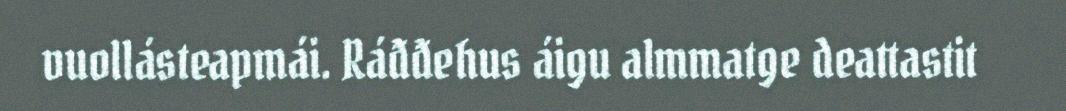
vuollásteapmái. Ráđđehus áigu almmatge deattastit